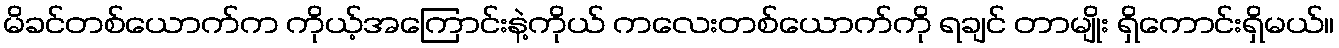
မိခင်တစ်ယောက်က ကိုယ့်အကြောင်းနဲ့ကိုယ် ကလေးတစ်ယောက်ကို ရချင် တာမျိုး ရှိကောင်းရှိမယ်။